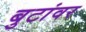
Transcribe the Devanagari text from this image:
बुटांवर